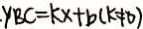
\cdot Y B C = k x + b ( k \neq 0 )